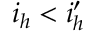
i _ { h } < i _ { h } ^ { \prime }